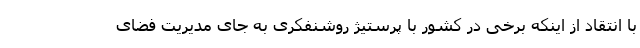
با انتقاد از اینکه برخی در کشور با پرستیژ روشنفکری به جای مدیریت فضای